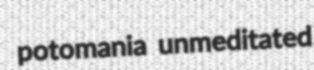
potomania unmeditated